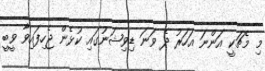
މި މެޗަކީ އަންނަ އަހަރު ދެ ވަނަ ޑިވިޝަނުގައި ކުޅެން ޖެހިފައިވާ ވީބީ